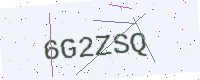
Text: 6G2ZSQ